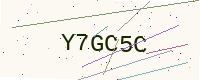
Text: Y7GC5C